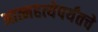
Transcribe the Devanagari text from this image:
आत्महत्येपर्यंतचे